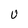
Character: U